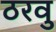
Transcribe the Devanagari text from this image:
ठरवु